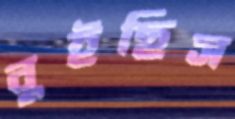
বুইছিস